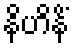
နိဟိနိံ